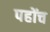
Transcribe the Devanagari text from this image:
पहोंच